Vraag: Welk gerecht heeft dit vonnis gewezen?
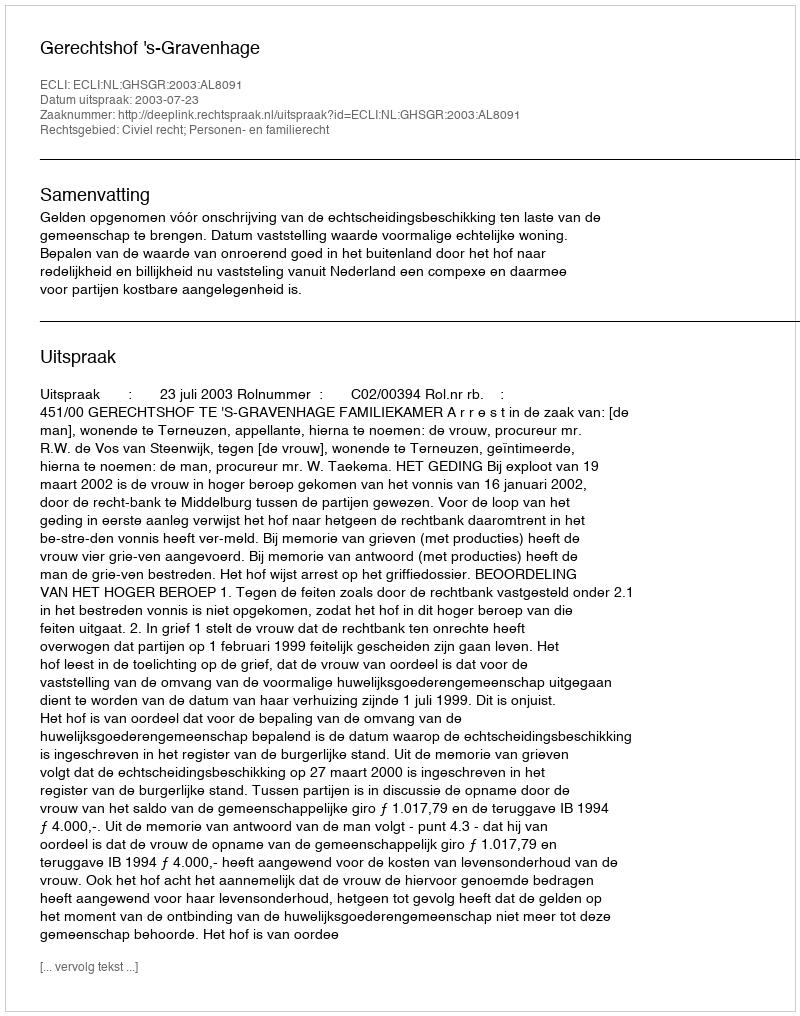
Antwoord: Gerechtshof 's-Gravenhage